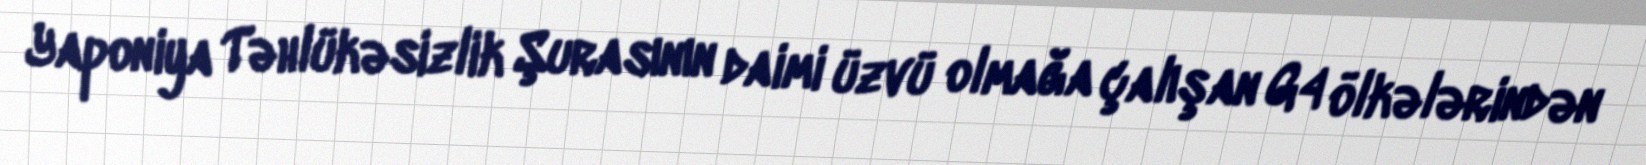
Yaponiya Təhlükəsizlik Şurasının daimi üzvü olmağa çalışan G4 ölkələrindən